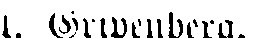
A. Gripenberg.